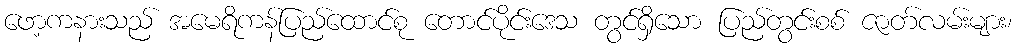
ဖော့ကနားသည် အမေရိကန်ပြည်ထောင်စု တောင်ပိုင်းဒေသ တွင်ရှိသော ပြည်တွင်းစစ် ဇာတ်လမ်းများ၊